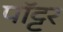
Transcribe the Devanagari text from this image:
पॉट्टर